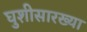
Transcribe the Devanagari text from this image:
घुशीसारख्या